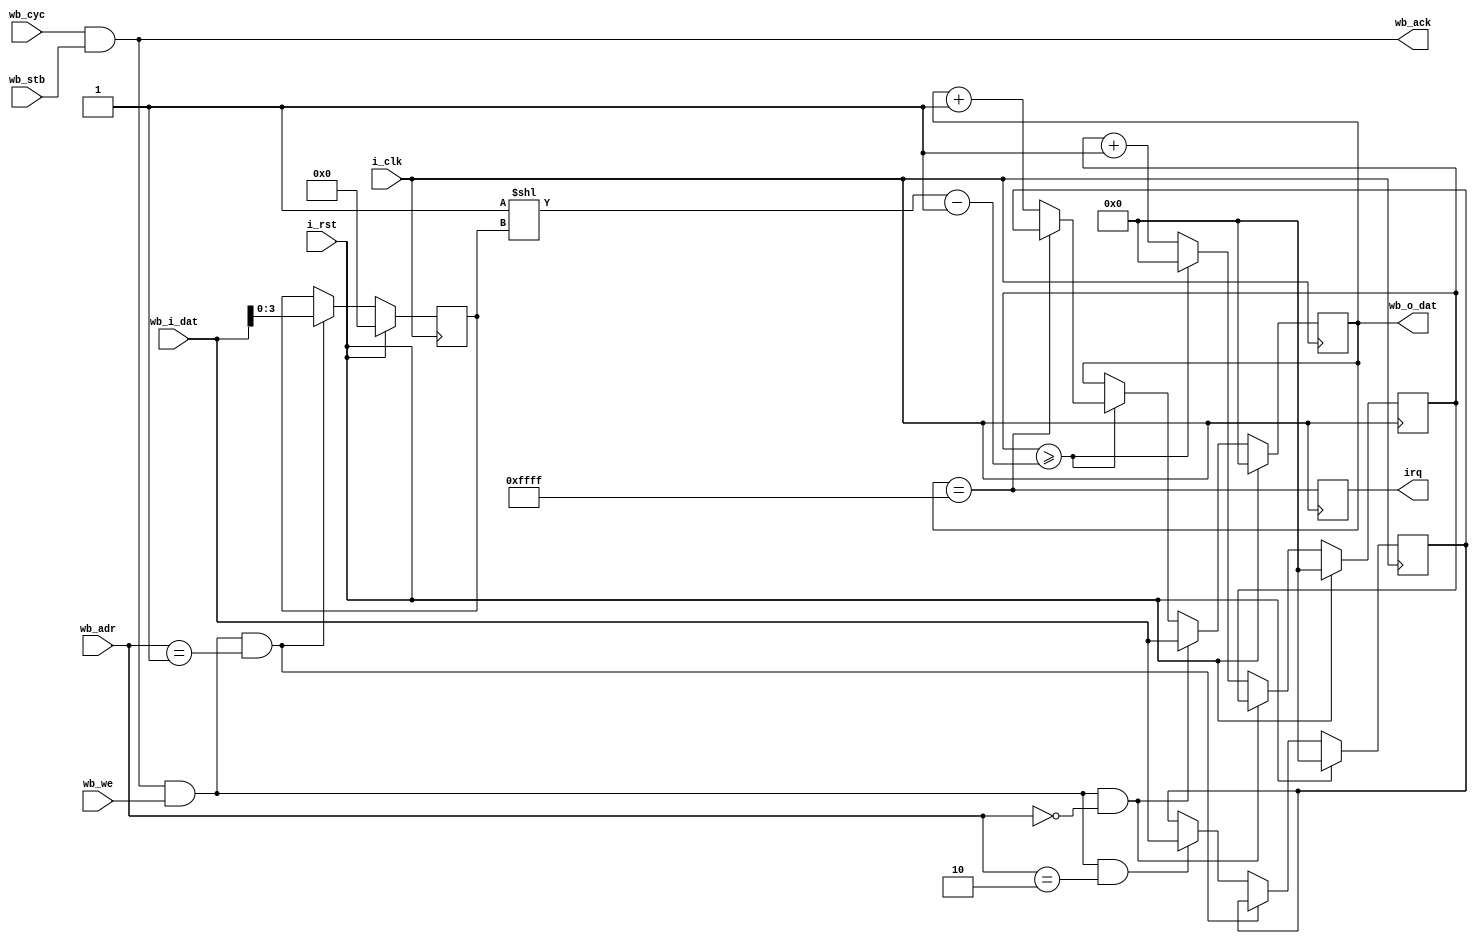
module timer (
    input i_clk,
    input i_rst,
    output reg irq,

    input [23:0] wb_adr,
    input wb_cyc,
    input wb_stb,
    output wb_ack,
    input wb_we,
    input [15:0] wb_i_dat,
    output [15:0] wb_o_dat
);

reg [15:0] timer_cnt;

reg [15:0] pre_div_cnt;
reg [3:0] clk_div;

reg [15:0] reset_val;

always @(posedge i_clk) begin
    if(i_rst) begin
        timer_cnt <= 16'b0;
        pre_div_cnt <= 16'b0;
    end else if(wb_cyc & wb_stb & wb_we & (wb_adr == 2'b0)) begin
        timer_cnt <= wb_i_dat;
    end else begin
        pre_div_cnt <= pre_div_cnt + 16'b1;
        
        if(pre_div_cnt >= (1<<clk_div) - 16'b1) begin
            timer_cnt <= timer_cnt + 16'b1;
            pre_div_cnt <= 16'b0;

            if(timer_cnt == 16'hffff)
                timer_cnt <= reset_val;
        end
    end
end

always @(posedge i_clk) begin
    irq <= (timer_cnt == 16'hffff);
end

always @(posedge i_clk) begin
    if(i_rst) begin
        reset_val <= 16'b0;
        clk_div <= 4'b0;
    end else if(wb_cyc & wb_stb & wb_we & (wb_adr == 2'b1)) begin
        clk_div <= wb_i_dat[3:0];
    end else if(wb_cyc & wb_stb & wb_we & (wb_adr == 2'b10)) begin
        reset_val <= wb_i_dat;
    end
end

assign wb_o_dat = timer_cnt;
assign wb_ack = (wb_cyc & wb_stb);

endmodule